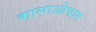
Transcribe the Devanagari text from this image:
कालाओघात